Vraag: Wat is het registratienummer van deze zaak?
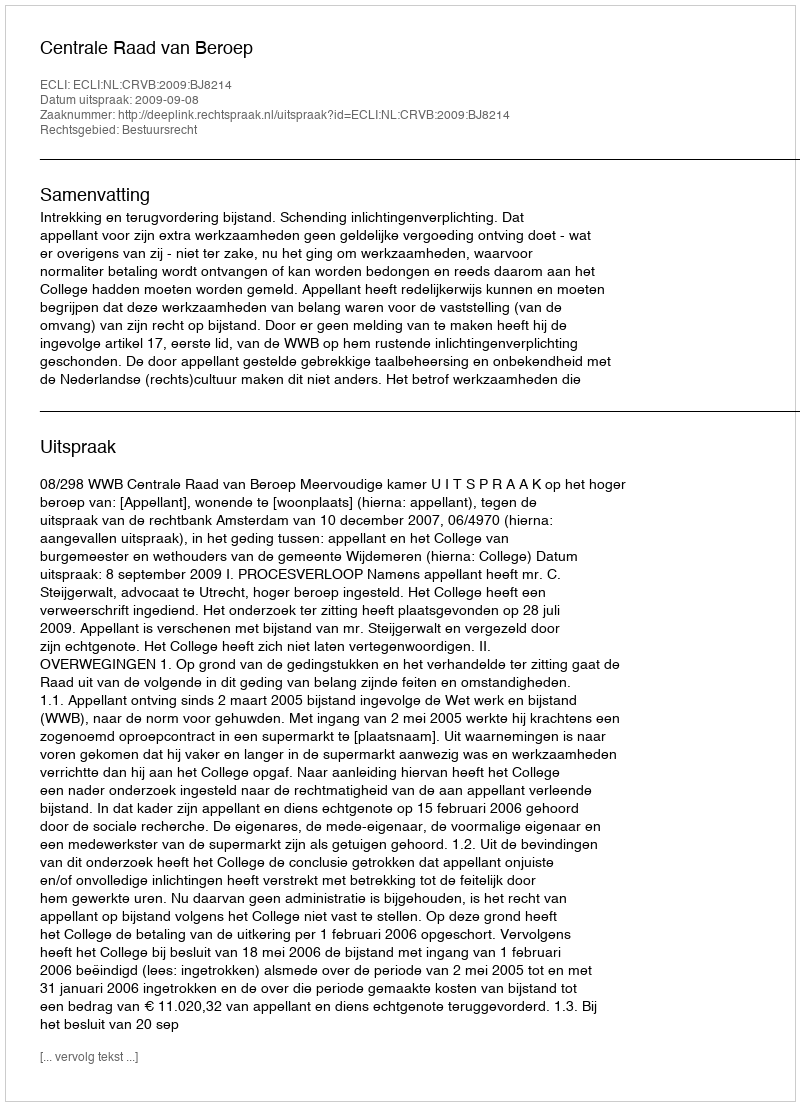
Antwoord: http://deeplink.rechtspraak.nl/uitspraak?id=ECLI:NL:CRVB:2009:BJ8214